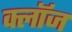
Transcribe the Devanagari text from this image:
क्लाॅज